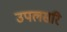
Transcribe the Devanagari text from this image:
उपलसरि